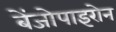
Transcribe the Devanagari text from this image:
बेंजोपाइरोन